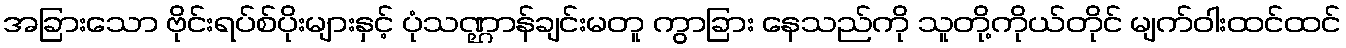
အခြားသော ဗိုင်းရပ်စ်ပိုးများနှင့် ပုံသဏ္ဌာန်ချင်းမတူ ကွာခြား နေသည်ကို သူတို့ကိုယ်တိုင် မျက်ဝါးထင်ထင်